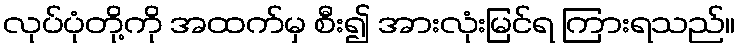
လုပ်ပုံတို့ကို အထက်မှ စီး၍ အားလုံးမြင်ရ ကြားရသည်။